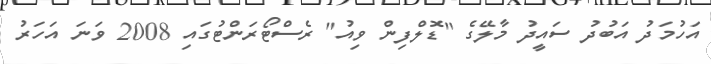
އަހުމަދު އަބުދު ސައީދު މާލޭގެ "ޑޮލްފިން ވިއު" ރެސްޓޯރަންޓުގައި 2008 ވަނަ އަހަރު